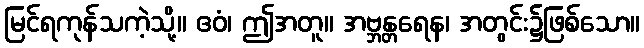
မြင်ရကုန်သကဲ့သို့။ ဧဝံ၊ ဤအတူ။ အဗ္ဘန္တရေန၊ အတွင်း၌ဖြစ်သော။